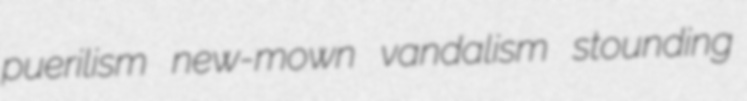
puerilism new-mown vandalism stounding